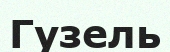
Гузель